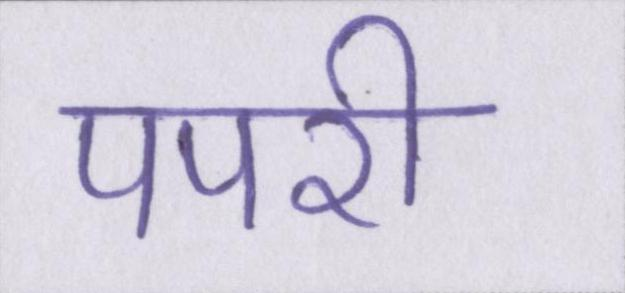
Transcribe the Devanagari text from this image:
पपरी